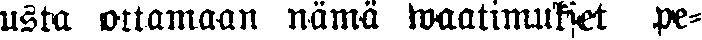
usta ottamaan nämä waatimukset pe-